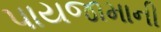
પાયજામાની